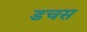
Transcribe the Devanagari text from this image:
डचस